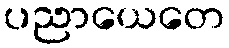
ပညာယေတေ